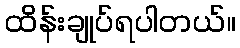
ထိန်းချုပ်ရပါတယ်။